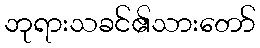
ဘုရားသခင်၏သားတော်